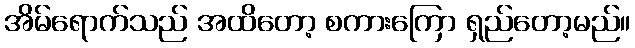
အိမ်ရောက်သည် အထိတော့ စကားကြော ရှည်တော့မည်။